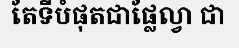
តែទីបំផុតជាផ្លែល្វា ជា